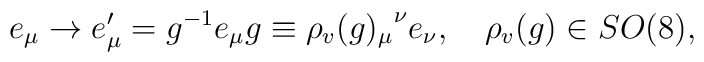
e_{\mu}\rightarrow e'_{\mu}=g^{-1}e_{\mu}g\equiv{\rho_{v}(g)_{\mu}}^{\nu}e_{\nu},\quad \rho_{v}(g)\in SO(8),